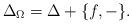
LaTeX: \begin{align*} \Delta_{\Omega} = \Delta + \{f,-\}.\end{align*}